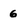
Character: 6